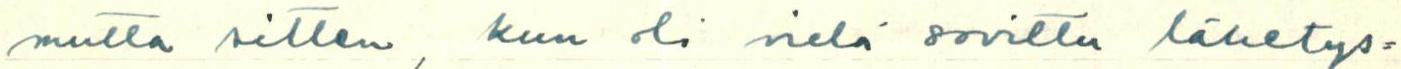
mutta sitten, kun oli vielä sovittu lähetys=